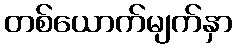
တစ်ယောက်မျက်နှာ